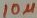
Text: 10µF